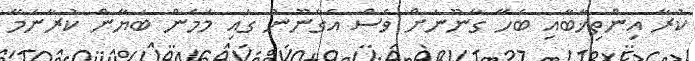
ކުރާ އިންތިޚާބާއި ބެހޭ ގާނޫނަށް ވެސް އެގާނޫނު ގައި މަމެން ބަޔާން ކުރާނަމޭ